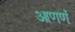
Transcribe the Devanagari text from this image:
आणणं